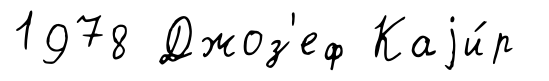
1978 Джоз'еф Каjи́р